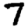
Digit: 7